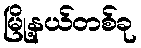
မြို့နယ်တစ်ခု